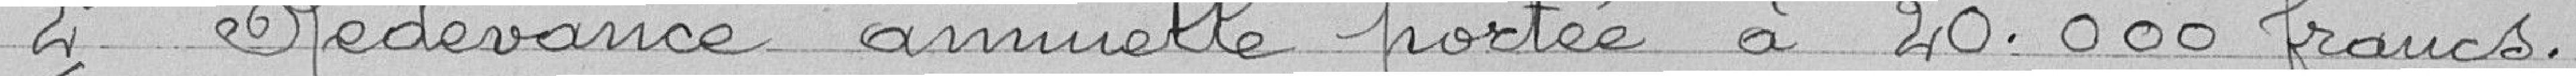
2° Redevance annuelle portée à 20.000 francs.